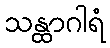
သန္ထာဂါရံ